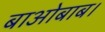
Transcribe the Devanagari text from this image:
बाओबाब।